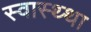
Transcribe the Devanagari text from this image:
स्वास्थ्था